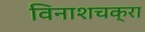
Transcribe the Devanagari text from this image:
विनाशचक्रा